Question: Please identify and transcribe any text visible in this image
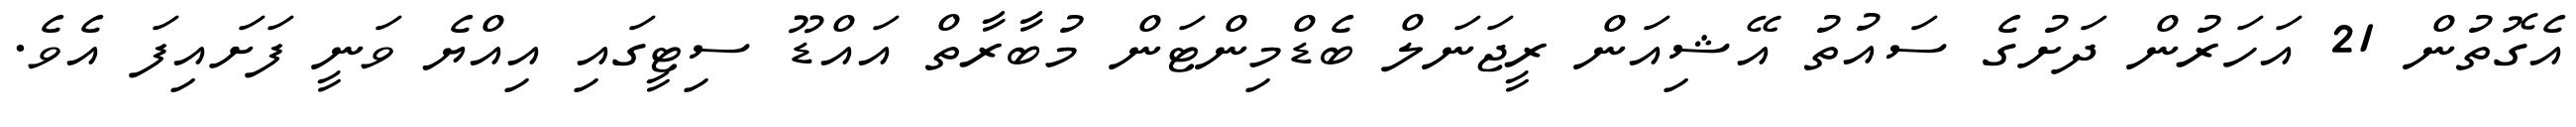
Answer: އެގޮތުން 21 އަހަރުން ދަށުގެ ސައުތު އޭޝިއަން ރީޖަނަލް ބެޑްމިންޓަން މުބާރާތް އައްޑޫ ސިޓީގައި އިއްޔެ ވަނީ ފަށައިފަ އެވެ.